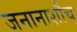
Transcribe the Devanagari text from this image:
जनानाशौच